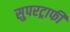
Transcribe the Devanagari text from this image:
सुपरट्राफी